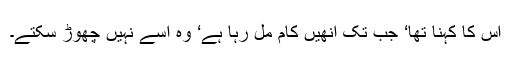
اُس کا کہنا تھا‘ جب تک انھیں کام مل رہا ہے‘ وہ اسے نہیں چھوڑ سکتے۔